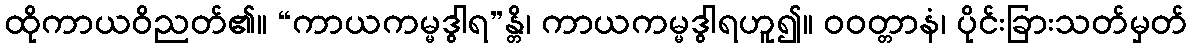
ထိုကာယဝိညတ်၏။ “ကာယကမ္မဒွါရ”န္တိ၊ ကာယကမ္မဒွါရဟူ၍။ ဝဝတ္တာနံ၊ ပိုင်းခြားသတ်မှတ်